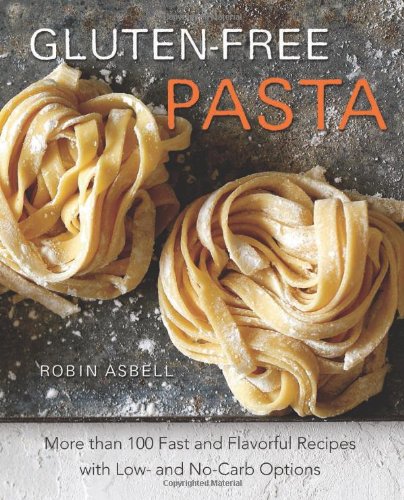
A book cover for Gluten-Free Pasta: More than 100 Fast and Flavorful Recipes with Low- and No-Carb Options; Robin Asbell; Cookbooks, Food & Wine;